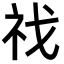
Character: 䄀